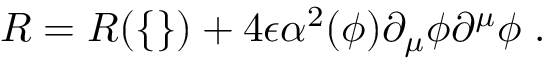
R = R ( \{ \} ) + 4 \epsilon \alpha ^ { 2 } ( \phi ) \partial _ { \mu } \phi \partial ^ { \mu } \phi \; .